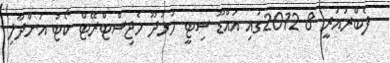
ފެބްރުއަރީ 8 2012ގައި އައްޑޫ ސިޓީ ހުޅުދޫ މެޖިސްޓްރޭޓް ކޯޓު އަންދާލި